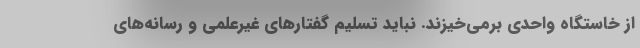
از خاستگاه واحدی برمی‌خیزند. نباید تسلیم گفتارهای غیرعلمی و رسانه‌های